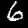
Label: 6